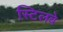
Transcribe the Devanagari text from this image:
स्टिलबे